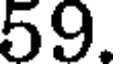
59.